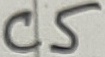
Text: C5